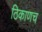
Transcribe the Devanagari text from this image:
ठिकाणच